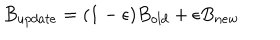
B _ { u p d a t e } = ( 1 - \epsilon ) B _ { o l d } + \epsilon B _ { n e w }